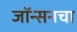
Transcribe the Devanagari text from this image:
जॉन्सनचा